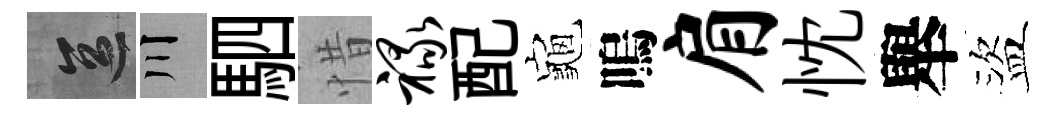
區川駟惜禄配龜嗚肩忱舉盜